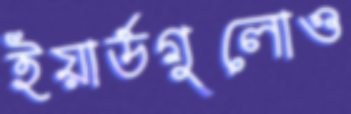
ইয়ার্ডগুলোও